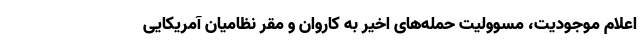
اعلام موجودیت، مسوولیت حمله‌های اخیر به کاروان و مقر نظامیان آمریکایی